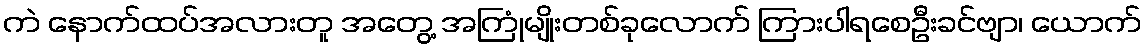
ကဲ နောက်ထပ်အလားတူ အတွေ့ အကြုံမျိုးတစ်ခုလောက် ကြားပါရစေဦးခင်ဗျာ၊ ယောက်